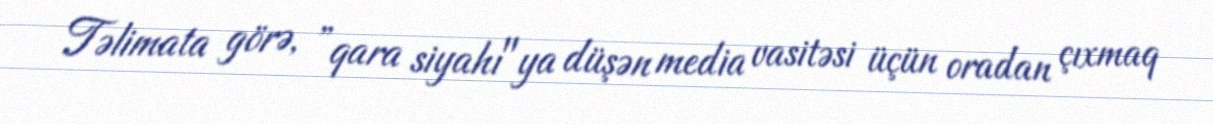
Təlimata görə, ”qara siyahı"ya düşən media vasitəsi üçün oradan çıxmaq